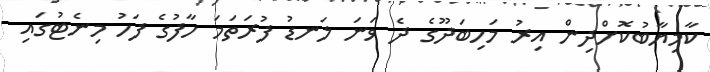
ކާމިޔާބުކޮށްދިން އިރު މަހިބަދޫގެ ދެ ވަނަ ލަނޑު ފުރަތަމަ ހާފުގެ ފަހު މިނެޓުގައި